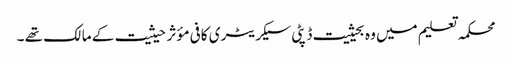
محکمہ تعلیم میں وہ بحیثیت ڈپٹی سیکریٹری کافی مؤثر حیثیت کے مالک تھے ۔